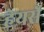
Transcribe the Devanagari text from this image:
हेयर्से